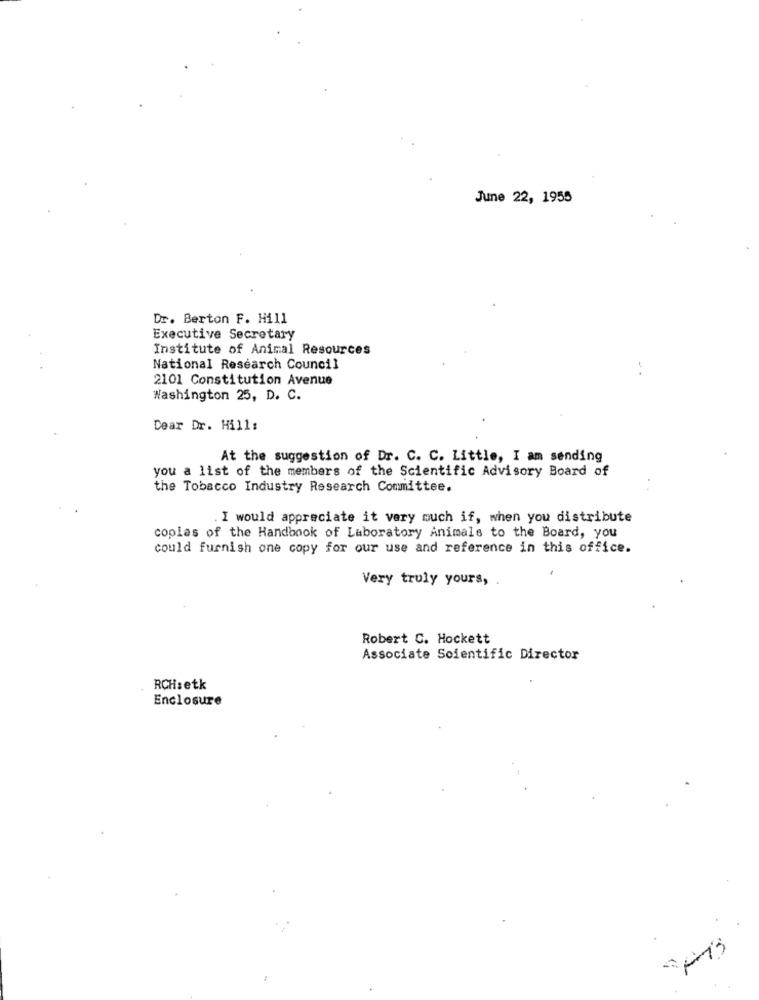
June 22, 1955
Dr. Berton F. Hill
Executive Secretary
Institute of Animal Resources
National Research Council
2101 Constitution Avenue
Washington 25, D. C.
Dear Dr. Hill:
At the suggestion of Dr. C. C. Little, I am sending
you a list of the members of the Scientific Advisory Board of
the Tobacco Industry Research Committee.
. I would appreciate it very much if, when you distribute
copias of the Handbook of Laboratory Animals to the Board, you
could furnish one copy for our use and reference in this office.
Very truly yours,
Robert C. Hockett
Associate Scientific Director
RCH:etk
Enclosure